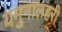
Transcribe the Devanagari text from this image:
यमुनालहरी